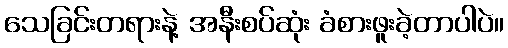
သေခြင်းတရားနဲ့ အနီးစပ်ဆုံး ခံစားဖူးခဲ့တာပါပဲ။